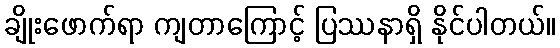
ချိုးဖောက်ရာ ကျတာကြောင့် ပြဿနာရှိ နိုင်ပါတယ်။